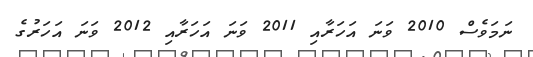
ނަމަވެސް 2010 ވަނަ އަހަރާއި 2011 ވަނަ އަހަރާއި 2012 ވަނަ އަހަރުގެ